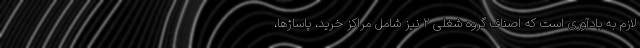
لازم به یادآوری است که اصناف گروه شغلی ۲ نیز شامل مراکز خرید، پاساژها،